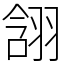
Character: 䎏